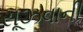
સૂઝવાની